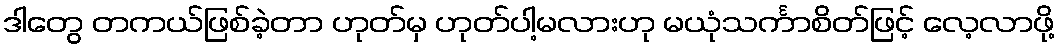
ဒါတွေ တကယ်ဖြစ်ခဲ့တာ ဟုတ်မှ ဟုတ်ပါ့မလားဟု မယုံသင်္ကာစိတ်ဖြင့် လေ့လာဖို့